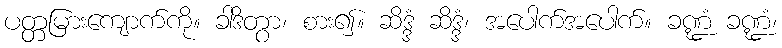
ပတ္တမြားကျောက်ကို။ ခါဒိတွာ၊ စား၍။ ဆိဒ္ဒံ ဆိဒ္ဒံ၊ အပေါက်အပေါက်။ ခဏ္ဍံ ခဏ္ဍံ၊